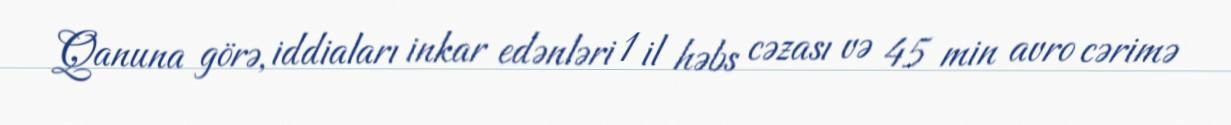
Qanuna görə, iddiaları inkar edənləri 1 il həbs cəzası və 45 min avro cərimə